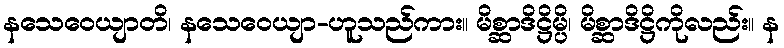
နသေဝေယျာတိ၊ နသေဝေယျာ-ဟူသည်ကား။ မိစ္ဆာဒိဋ္ဌိမ္ပိ၊ မိစ္ဆာဒိဋ္ဌိကိုလည်း။ န